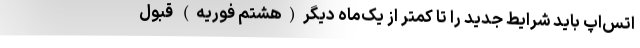
اتس‌اپ باید شرایط جدید را تا کمتر از یک‌ماه دیگر(هشتم فوریه) قبول